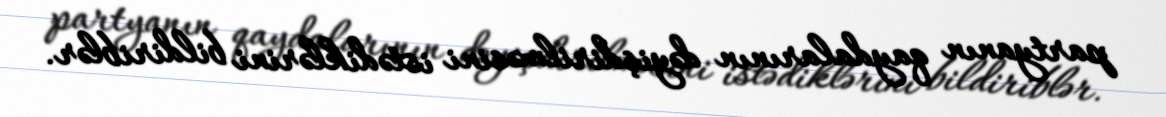
partyanın qaydalarının dəyişdirilməsini istədiklərini bildiriblər.